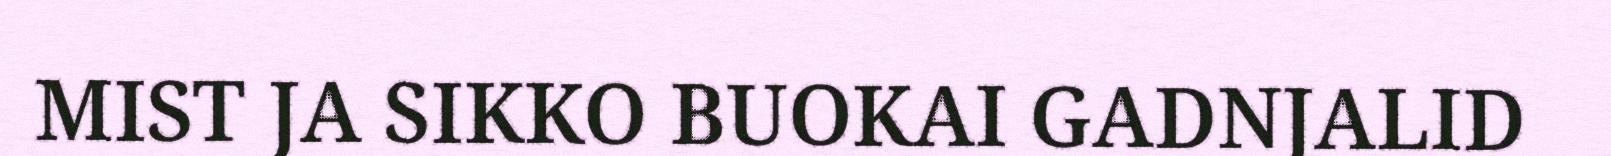
MIST JA SIKKO BUOKAI GADNJALID